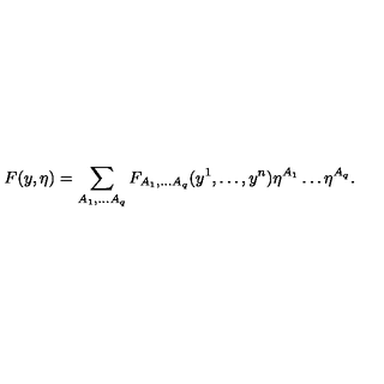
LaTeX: F ( y , \eta ) = \sum _ { A _ { 1 } , \dots A _ { q } } F _ { A _ { 1 } , \dots A _ { q } } ( y ^ { 1 } , \dots , y ^ { n } ) \eta ^ { A _ { 1 } } \dots \eta ^ { A _ { q } } .